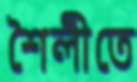
শৈলীতে